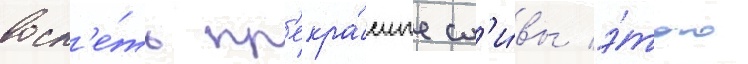
восп'е́ть пр'екра́сные сл'и́вы э́того